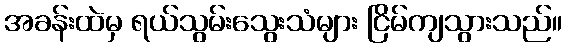
အခန်းထဲမှ ရယ်သွမ်းသွေးသံများ ငြိမ်ကျသွားသည်။